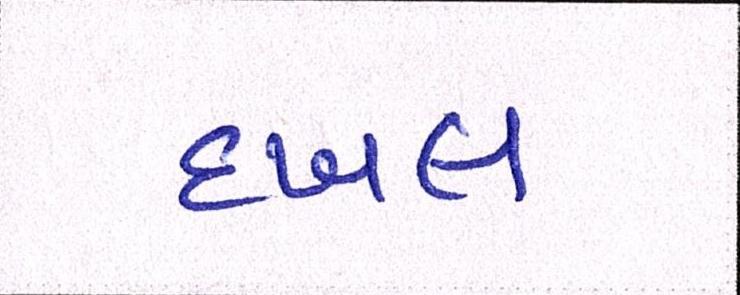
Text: દખલ